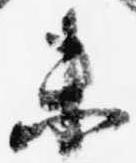
未